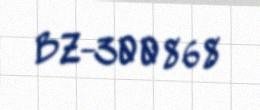
BZ-300868